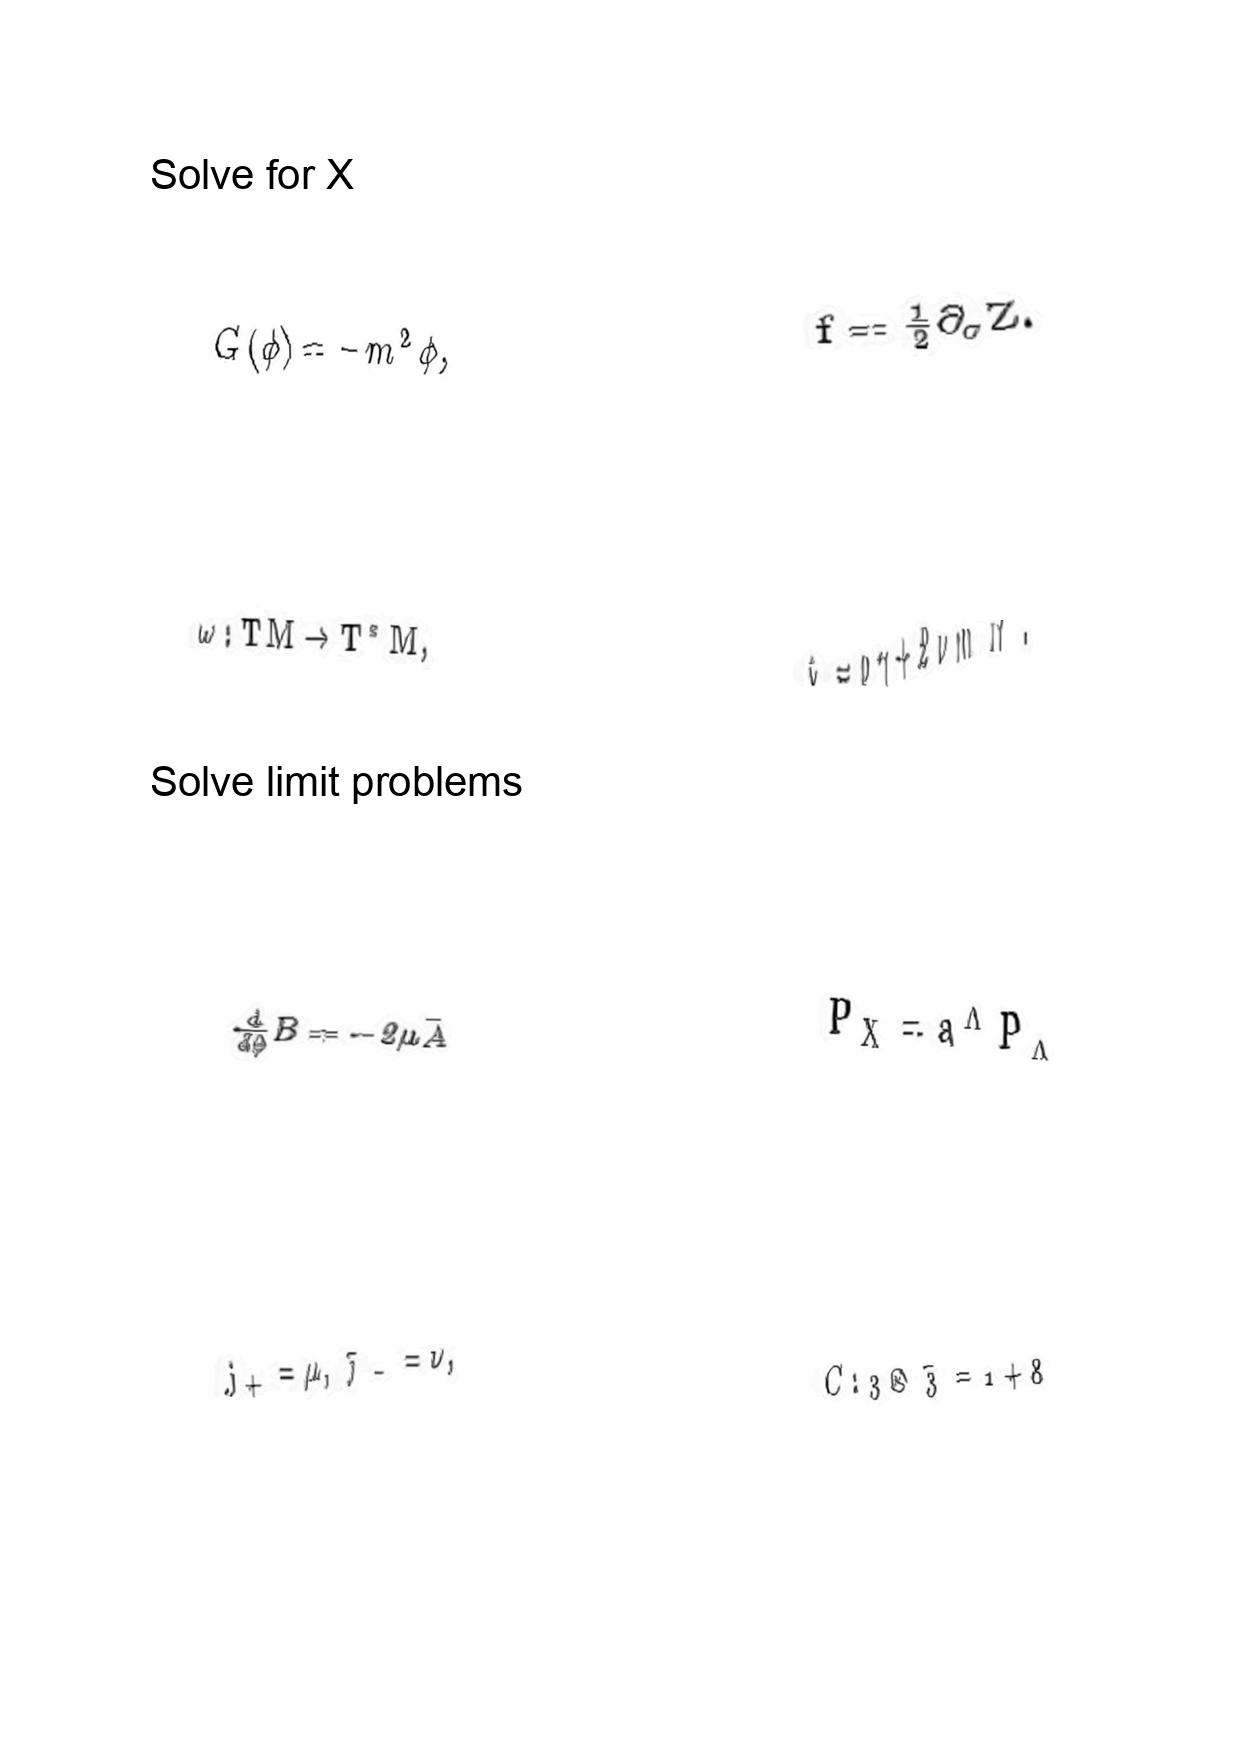
LaTeX transcription:
G \lparen \phi \rparen = - m ^ { 2 } \phi ,
\omega : T M \rightarrow T ^ { \ast } M ,
\frac { d } { d \phi } B = - 2 \mu \bar { A }
j _ { + } = \mu , \bar { \jmath } _ { - } = \nu ,
f = \frac { 1 } { 2 } \partial _ { \sigma } Z .
\hat { \chi } = p \gamma + 2 \nu m \hat { N } .
P _ { X } = a ^ { \Lambda } P _ { \Lambda }
C : 3 \otimes \bar { 3 } = 1 + 8